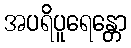
အပရိပူရေန္တော